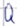
Text: Q